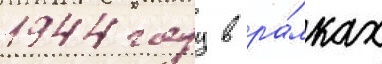
1944 году в ра́мках